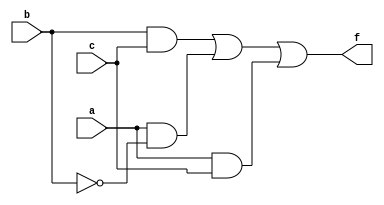
module combinational_logic (
    input wire a,    // Input A
    input wire b,    // Input B
    input wire c,    // Input C
    output wire f    // Output F
);

// Define the combinational logic function using don't care conditions
// Let's say the truth table is as follows:
// a b c | f
// 0 0 0 | 0
// 0 0 1 | 1
// 0 1 0 | X (don't care)
// 0 1 1 | 1
// 1 0 0 | X (don't care)
// 1 0 1 | 1
// 1 1 0 | 1
// 1 1 1 | 0

// From the truth table, we can simplify the function
// The minimized expression can be derived considering don't cares:
// f = (b & c) | (a & ~b) | (a & c)

// Implement the simplified logic expression
assign f = (b & c) | (a & ~b) | (a & c);

endmodule